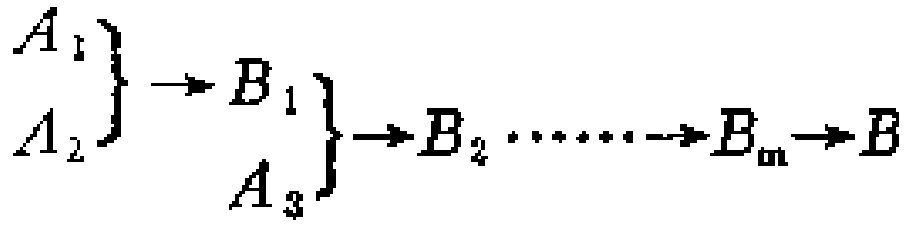
\[
\left.
\begin{array}{l}
A_1 \\
A_2
\end{array}
\right\}
\rightarrow
\left.
\begin{array}{l}
B_1 \\
A_3
\end{array}
\right\}
\rightarrow B_2 \cdots \cdots \rightarrow B_m \rightarrow B
\]